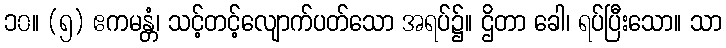
၁၀။ (၅) ဧကမန္တံ၊ သင့်တင့်လျောက်ပတ်သော အရပ်၌။ ဌိတာ ခေါ၊ ရပ်ပြီးသော။ သာ